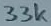
Text: 33k